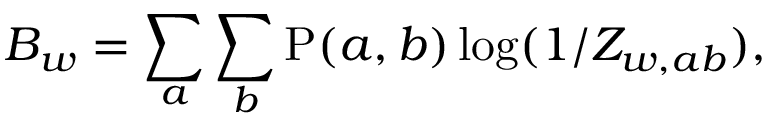
{ \cal B } _ { w } = \sum _ { a } \sum _ { b } \mathrm { P } ( a , b ) \log ( 1 / Z _ { w , a b } ) ,